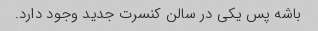
باشه پس یکی در سالن کنسرت جدید وجود دارد.